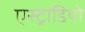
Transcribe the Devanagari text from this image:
एस्ट्राडियो